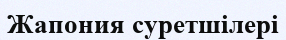
Жапония суретшілері